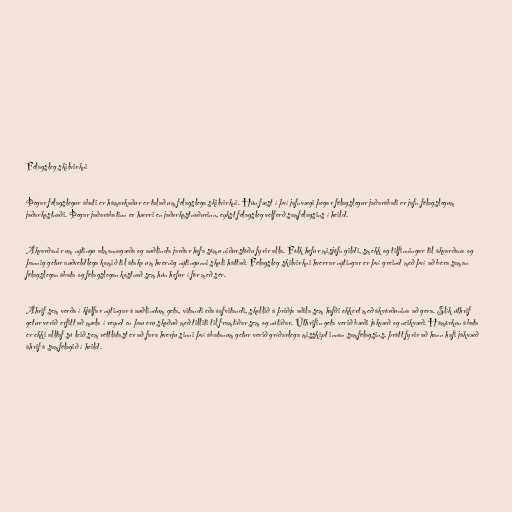
Félagsleg skilvirkni

Þegar félagslegur ábati er hámarkaður er talað um félagslega skilvirkni. Hún fæst í því jafnvægi þegar félagslegur jaðarábati er jafn félagslegum
jaðarkostnaði. Þegar jaðarábatinn er hærri en jaðarkostnaðurinn, eykst félagsleg velferð samfélagsins í heild.

Ákvarðanir um nýtingu almannagæða og auðlinda jarðar hafa sömu niðurstöðu fyrir alla. Fólk hefur misjöfn gildi, smekk og tilfinningar til ákvarðana og
þannig getur auðveldlega komið til átaka um hvernig nýtingunni skuli háttað. Félagsleg skilvirkni hverrar nýtingar er því greind með því að bera saman
félagslegan ábata og félagslegan kostnað sem hún hefur í för með sér.

Áhrif sem verða í kjölfar nýtingar á auðlindum geta, vitandi eða óafvitandi, skollið á þriðja aðila sem hafði ekkert með ákvörðunina að gera. Slík úthrif
getur verið erfitt að mæla í reynd en þau eru skoðuð með tilliti til framtíðar sem og nútíðar. Úthrifin geta verið bæði jákvæð og neikvæð. Hámörkun ábata
er ekki alltaf sú leið sem réttlátast er að fara hverju sinni því ábatanum getur verið gríðarlega misskipt innan samfélagsins, þrátt fyrir að hann hafi jákvæð
áhrif á samfélagið í heild.